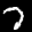
Label: 7